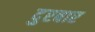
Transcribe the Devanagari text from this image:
दुरबार